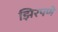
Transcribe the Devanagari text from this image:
झिरपणे